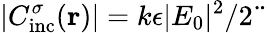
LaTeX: |C_{\mathrm{{inc}}}^{\sigma}({\mathbf r})|=k\epsilon|E_{0}|^{2}/2¨